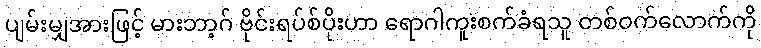
ပျမ်းမျှအားဖြင့် မားဘာ့ဂ် ဗိုင်းရပ်စ်ပိုးဟာ ရောဂါကူးစက်ခံရသူ တစ်ဝက်လောက်ကို